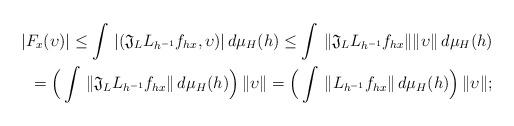
LaTeX: \begin{align*} |F_{x}(\upsilon)| \leq \int \, |( \mathfrak{J}_L L_{h^{-1}} f_{hx} , \upsilon)| \, d\mu_H (h) \leq \int \, \| \mathfrak{J}_L L_{h^{-1}}f_{hx} \| \| \upsilon \| \, d\mu_H (h) \\= \Big( \int \, \| \mathfrak{J}_L L_{h^{-1}}f_{hx} \| \, d\mu_H (h) \Big) \,\| \upsilon \|= \Big( \int \, \| L_{h^{-1}}f_{hx} \| \, d\mu_H (h) \Big) \,\| \upsilon \|;\end{align*}